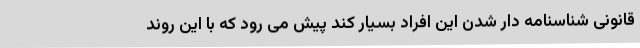
قانونی شناسنامه دار شدن این افراد بسیار کند پیش می رود که با این روند